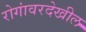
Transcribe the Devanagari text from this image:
रोगांवरदेखील